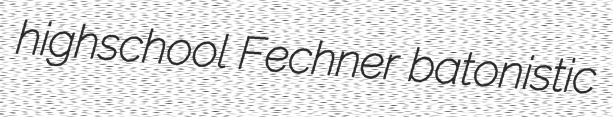
highschool Fechner batonistic